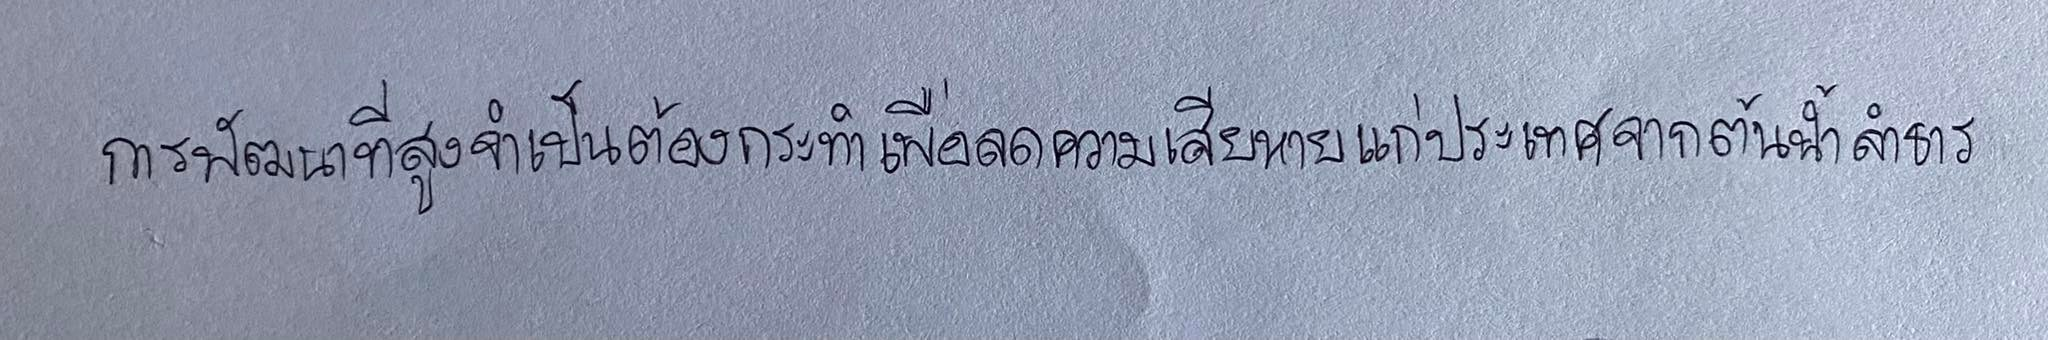
การพัฒนาที่สูงจำเป็นต้องกระทำเพื่อลดความเสียหายแก่ประเทศจากต้นน้ำลำธาร